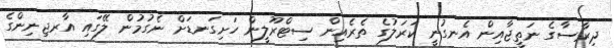
ދިރާސާގެ ނަތީޖާއިން އެނގުނީ ކަރަލުގެ ތެރެއިން ސިޓްރޫލީން ހަށިގަނޑަށް ނެގުމުން ލޭގައި އާރޖިނިންގެ